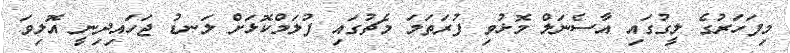
މިފަހަރުގެ ލީގުގައި އާސެނަލް މޮޅުވި ފުރަތަމަ މެޗުގައި ފުލަމްކޮޅަށް ލަނޑު ޖަހައިދިނީ އޮލިވަ